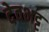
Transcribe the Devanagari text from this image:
देवभट्ट